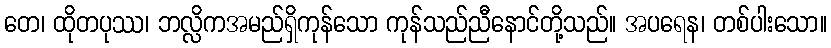
တေ၊ ထိုတပုဿ၊ ဘလ္လိကအမည်ရှိကုန်သော ကုန်သည်ညီနောင်တို့သည်။ အပရေန၊ တစ်ပါးသော။